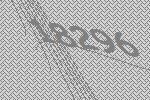
18296